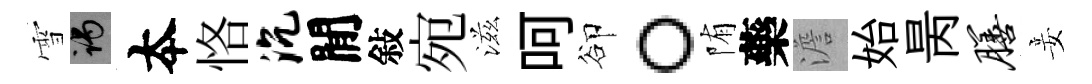
雪谒夲恪沉閒敍宛滋呵卻。陏藥澹始昺膳妾